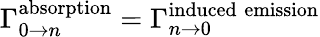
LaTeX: \Gamma_{0\to n}^{\mathrm{absorption}}=\Gamma_{n\to 0}^{\mathrm{induced\; emission}}